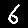
Digit: 6